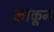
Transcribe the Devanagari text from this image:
कांकून